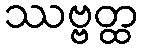
ဿဗ္ဗတ္ထ